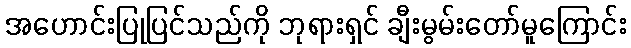
အဟောင်းပြုပြင်သည်ကို ဘုရားရှင် ချီးမွမ်းတော်မူကြောင်း